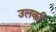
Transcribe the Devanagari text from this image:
उलकी